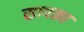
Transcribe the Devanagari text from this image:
सापठ्य